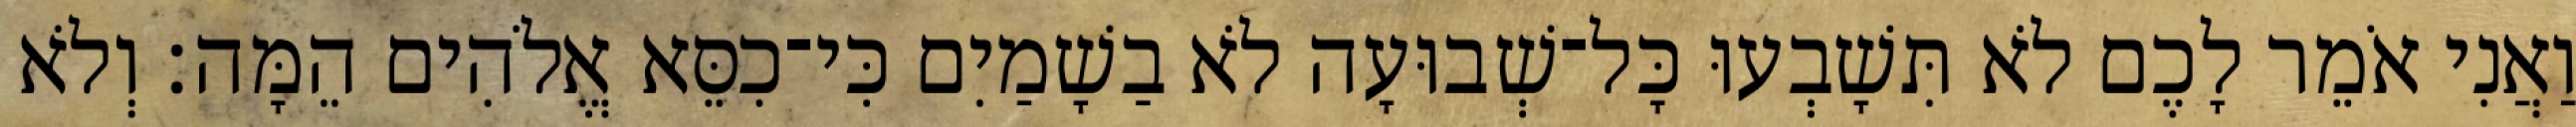
וַאֲנִי אֹמֵר לָכֶם לֹא תִּשָׁבְעוּ כָּל־שְׁבוּעָה לֹא בַשָׁמַיִם כִּי־כִסֵּא אֱלֹהִים הֵמָּה׃ וְלֹא